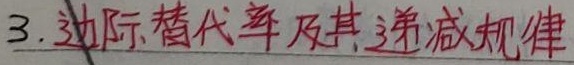
3. 边际替代率及其递减规律